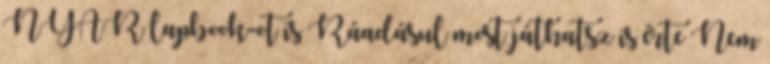
NYÁR lapbook-ot is Ráadásul most játhatsz is érte Nem